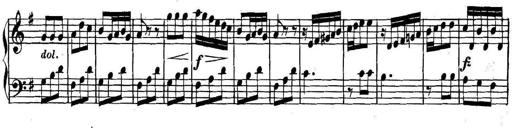
Title: Collected Piano Sonatas
Composer: Muzio Clementi